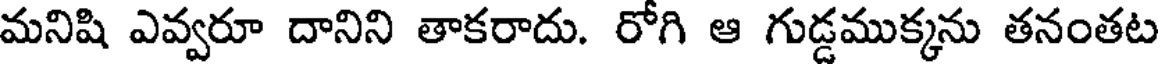
మనిషి ఎవ్వరూ దానిని తాకరాదు. రోగి ఆ గుడ్డముక్కను తనంతట